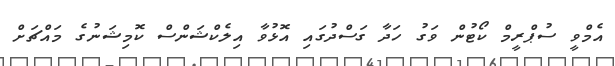
އެމްވީ ސުޕްރީމް ކޯޓުން ވަގު ހަދާ ގަސްދުގައި އޮޅުވާ އިލެކްޝަންސް ކޮމިޝަނުގެ މައްޗަށް